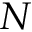
N